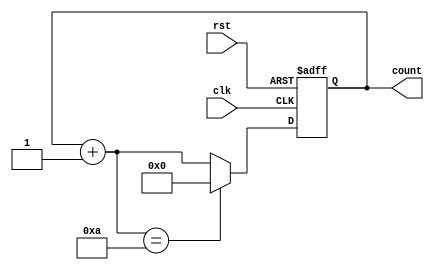
module decade_counter(
    input wire clk,
    input wire rst,
    output reg [3:0] count
);

reg [3:0] next_count;

always @(posedge clk or posedge rst) begin
    if (rst) begin
        count <= 4'b0000;
    end else begin
        next_count = count + 4'b0001;
        if (next_count == 4'b1010) begin
            count <= 4'b0000;
        end else begin
            count <= next_count;
        end
    end
end

endmodule